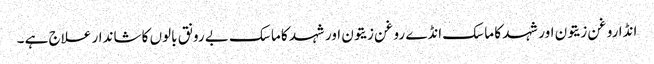
انڈا روغن زیتون اور شہد کا ماسک انڈے روغن زیتون اور شہد کا ماسک بے رونق بالوں کا شاندار علاج ہے ۔